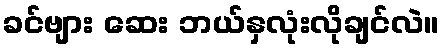
ခင်ဗျား ဆေး ဘယ်နှလုံးလိုချင်လဲ။